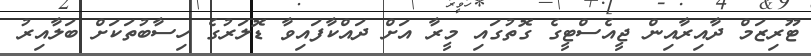
ޓޫރިޒަމް ދާއިރާއިން ޖީއެސްޓީގެ ގޮތުގައި މީރާ އަށް ދައްކާފައިވާ ޑޮލަރުގެ ހިސާބުތަކަށް ބަލާއިރު